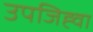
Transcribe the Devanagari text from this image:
उपजिह्वा